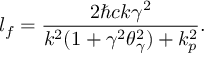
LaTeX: l _ { f } = { \frac { 2 \hbar c k \gamma ^ { 2 } } { k ^ { 2 } ( 1 + \gamma ^ { 2 } \theta _ { \gamma } ^ { 2 } ) + k _ { p } ^ { 2 } } } .